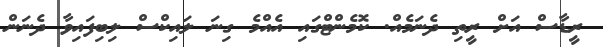
ރީޑާސް އަށް ރީތި ދެނަމެއް. ކޮމެންޓްގައި އެއްމެ ގިނަ ލައިކްސް ލިބިފައިވާ ދެނަން